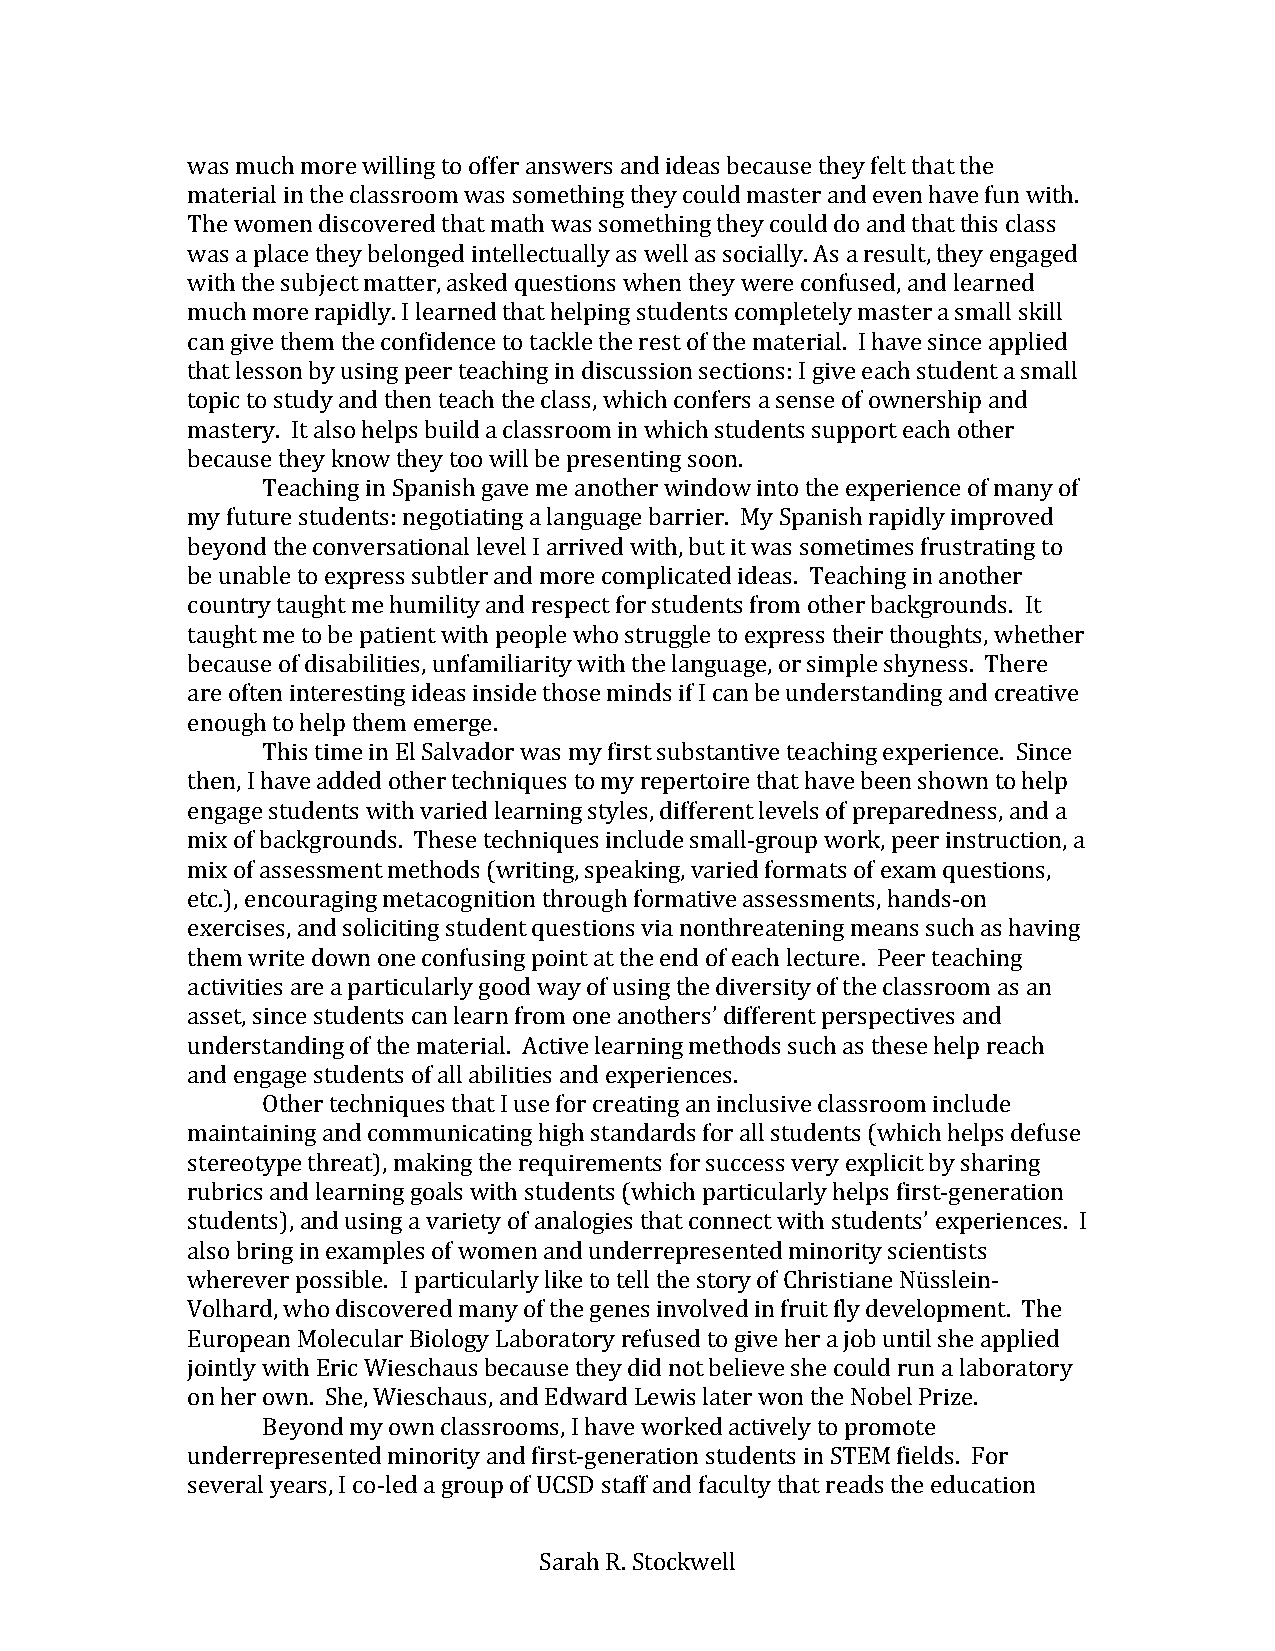
was much more willing to offer answers and ideas because they felt that the
 material in the classroom was something they could master and even have fun with.
 The women discovered that math was something they could do and that this class
 was a place they belonged intellectually as well as socially. As a result, they engaged
 with the subject matter, asked questions when they were confused, and learned
 much more rapidly. I learned that helping students completely master a small skill
 can give them the confidence to tackle the rest of the material. I have since applied
 that lesson by using peer teaching in discussion sections: I give each student a small
 topic to study and then teach the class, which confers a sense of ownership and
 mastery. It also helps build a classroom in which students support each other
 because they know they too will be presenting soon.
 Teaching in Spanish gave me another window into the experience of many of
 my future students: negotiating a language barrier. My Spanish rapidly improved
 beyond the conversational level I arrived with, but it was sometimes frustrating to
 be unable to express subtler and more complicated ideas. Teaching in another
 country taught me humility and respect for students from other backgrounds. It
 taught me to be patient with people who struggle to express their thoughts, whether
 because of disabilities, unfamiliarity with the language, or simple shyness. There
 are often interesting ideas inside those minds if I can be understanding and creative
 enough to help them emerge.
 This time in El Salvador was my first substantive teaching experience. Since
 then, I have added other techniques to my repertoire that have been shown to help
 engage students with varied learning styles, different levels of preparedness, and a
 mix of backgrounds. These techniques include small-group work, peer instruction, a
 mix of assessment methods (writing, speaking, varied formats of exam questions,
 etc.), encouraging metacognition through formative assessments, hands-on
 exercises, and soliciting student questions via nonthreatening means such as having
 them write down one confusing point at the end of each lecture. Peer teaching
 activities are a particularly good way of using the diversity of the classroom as an
 asset, since students can learn from one anothers’ different perspectives and
 understanding of the material. Active learning methods such as these help reach
 and engage students of all abilities and experiences.
 Other techniques that I use for creating an inclusive classroom include
 maintaining and communicating high standards for all students (which helps defuse
 stereotype threat), making the requirements for success very explicit by sharing
 rubrics and learning goals with students (which particularly helps first-generation
 students), and using a variety of analogies that connect with students’ experiences. I
 also bring in examples of women and underrepresented minority scientists
 wherever possible. I particularly like to tell the story of Christiane Nüsslein-
 Volhard, who discovered many of the genes involved in fruit fly development. The
 European Molecular Biology Laboratory refused to give her a job until she applied
 jointly with Eric Wieschaus because they did not believe she could run a laboratory
 on her own. She, Wieschaus, and Edward Lewis later won the Nobel Prize.
 Beyond my own classrooms, I have worked actively to promote
 underrepresented minority and first-generation students in STEM fields. For
 several years, I co-led a group of UCSD staff and faculty that reads the education
 Sarah R. Stockwell